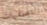
التصفيات